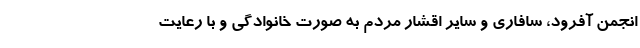
انجمن آفرود، سافاری و سایر اقشار مردم به صورت خانوادگی و با رعایت